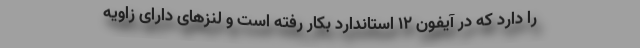
را دارد که در آیفون ۱۲ استاندارد بکار رفته است و لنزهای دارای زاویه